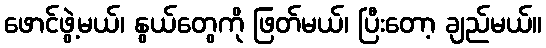
ဖောင်ဖွဲ့မယ်၊ နွယ်တွေကို ဖြတ်မယ်၊ ပြီးတော့ ချည်မယ်။